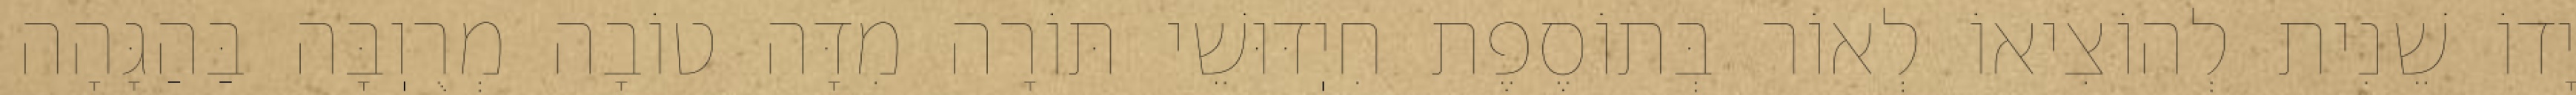
יָדוֹ שֵׁנִית לְהוֹצִיאוֹ לְאוֹר בְּתוֹסֶפֶת חִיֽדּוּשֵׁי תּוֹרָה מִדָּה טוֹבָה מְרֻוֽבָּה בַּהַגָּהָה